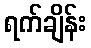
ရက်ချိန်း